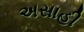
અસાહી